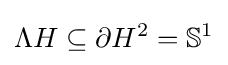
\Lambda H\subseteq \partial H^{2}=\mathbb {S} ^{1}